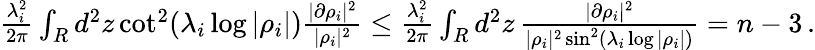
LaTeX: \begin{array}{r}{{\frac{\lambda_{i}^{2}}{2\pi}}\int_{R}d^{2}z\cot^{2}(\lambda_{i}\log|\rho_{i}|){\frac{|\partial\rho_{i}|^{2}}{|\rho_{i}|^{2}}}\leq{\frac{\lambda_{i}^{2}}{2\pi}}\int_{R}d^{2}z\, {\frac{|\partial\rho_{i}|^{2}}{|\rho_{i}|^{2}\sin^{2}(\lambda_{i}\log|\rho_{i}|)}}=n-3\, .}\end{array}